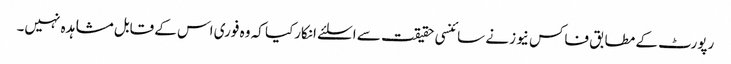
رپورٹ کے مطابق فاکس نیوز نے سائنسی حقیقت سے اسلئے انکارکیا کہ وہ فوری اس کے قابل مشاہدہ نہیں۔